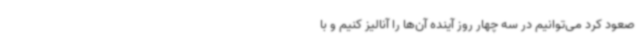
صعود کرد می‌توانیم در سه چهار روز آینده آن‌ها را آنالیز کنیم و با